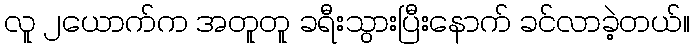
လူ ၂ယောက်က အတူတူ ခရီးသွားပြီးနောက် ခင်လာခဲ့တယ်။